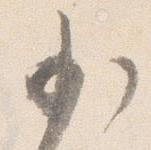
少